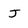
Character: J